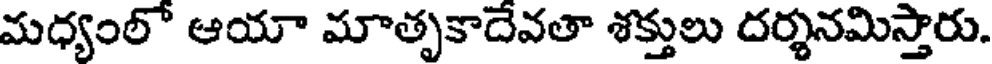
మధ్యంలో ఆయా మాతృకాదేవతా శక్తులు దర్శనమిస్తారు.